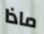
ماذا